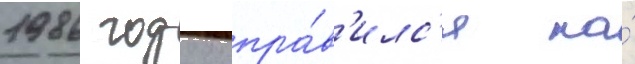
1986 году отпра́в'илс'я на́